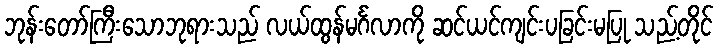
ဘုန်းတော်ကြီးသောဘုရားသည် လယ်ထွန်မင်္ဂလာကို ဆင်ယင်ကျင်းပခြင်းမပြု သည့်တိုင်